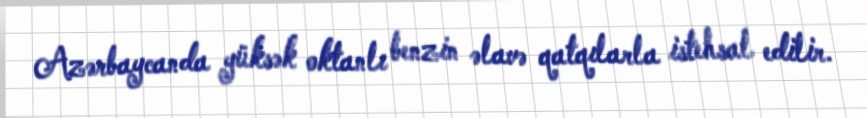
Azərbaycanda yüksək oktanlı benzin əlavə qatqılarla istehsal edilir.